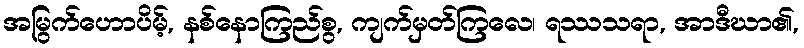
အမြွက်ဟောပိမ့်, နစ်နောကြည်စွ, ကျက်မှတ်ကြလေ၊ ရဿသရာ, အာဒီဃာ၏,